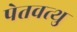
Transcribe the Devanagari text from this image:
पेतवत्थु